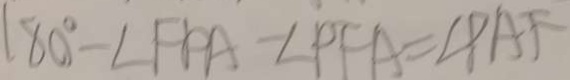
1 8 0 ^ { \circ } - \angle F P A - \angle P F A = \angle P A F